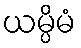
ယမ္ပိမံ